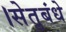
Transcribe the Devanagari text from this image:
।सेतुबंधे